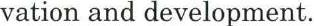
vation and development.